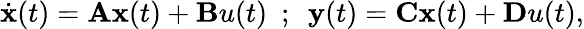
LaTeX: \begin{array}{r}{\dot{\mathbf{x}}(t)=\mathbf{A}\mathbf{x}(t)+\mathbf{B}u(t)\ \ ;\ \ \mathbf{y}(t)=\mathbf{C}\mathbf{x}(t)+\mathbf{D}u(t),}\end{array}